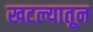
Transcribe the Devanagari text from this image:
खटल्यातून